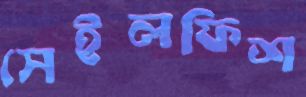
সেইলফিশ